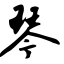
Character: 琴